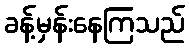
ခန့်မှန်းနေကြသည်